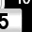
Digit: 5